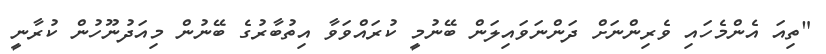
"ތިއަ އެންމެހައި ވެރިންނަށް ދަންނަވައިލަން ބޭނުމީ ކުރައްވަވާ އިތުބާރުގެ ބޭނުން މިއަދުނޫހުން ކުރާނީ